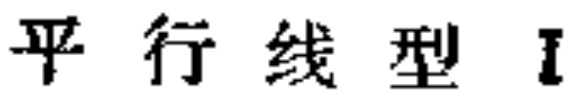
平行线型I